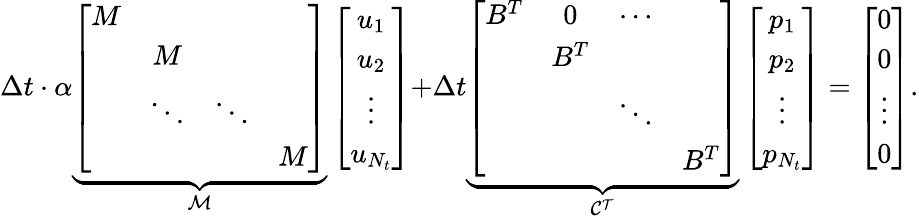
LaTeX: \Delta t\cdot\alpha\underbrace{\left[\begin{array}{cccc}{M}&&&\\ &{M}&&\\ &{\ddots}&{\ddots}&\\ &&&{M}\end{array}\right]}_{\mathcal{M}}\left[\begin{array}{c}{u_{1}}\\ {u_{2}}\\ {\vdots}\\ {u_{N_{t}}}\end{array}\right]{+}\Delta t\underbrace{\left[\begin{array}{cccc}{B^{T}}&{0}&{\cdots}&\\ &{B^{T}}&&\\ &&{\ddots}&\\ &&&{B^{T}}\end{array}\right]}_{\mathcal{C^{T}}}\left[\begin{array}{c}{p_{1}}\\ {p_{2}}\\ {\vdots}\\ {p_{N_{t}}}\end{array}\right]=\left[\begin{array}{c}{0}\\ {0}\\ {\vdots}\\ {0}\end{array}\right].